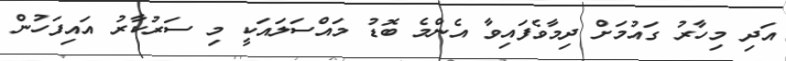
އަދި މިހާރު ގައުމަށް ދިމާވެފައިވާ އެންމެ ބޮޑު މައްސަލައަކީ މި ސަރުކާރު އައިފަހުން